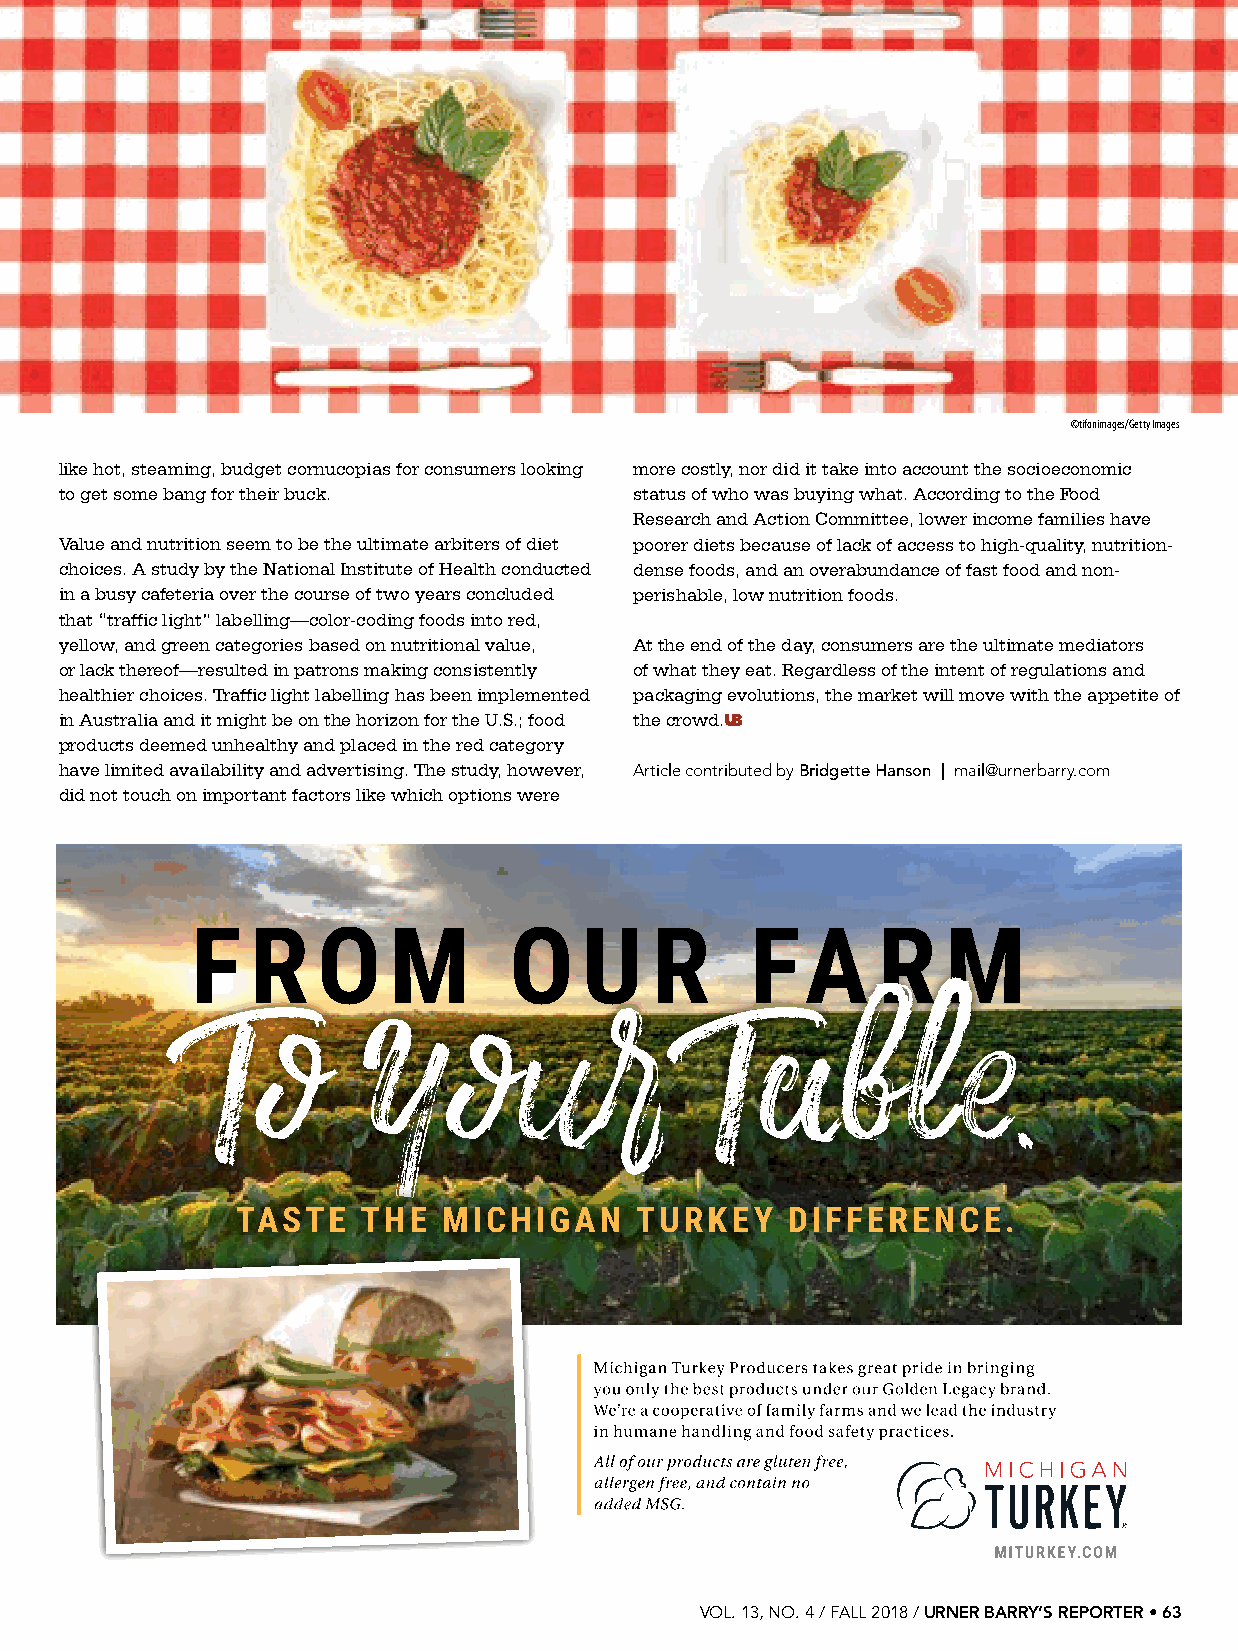
©tifonimages/Getty Images
 like hot, steaming, budget cornucopias for consumers looking more costly, nor did it take into account the socioeconomic
 to get some bang for their buck.      status of who was buying what. According to the Food
 Research and Action Committee, lower income families have
 Value and nutrition seem to be the ultimate arbiters of diet poorer diets because of lack of access to high-quality, nutrition-
 choices. A study by the National Institute of Health conducted dense foods, and an overabundance of fast food and non-
 in a busy cafeteria over the course of two years concluded perishable, low nutrition foods.
 that “traffic light” labelling—color-coding foods into red,
 yellow, and green categories based on nutritional value, At the end of the day, consumers are the ultimate mediators
 or lack thereof—resulted in patrons making consistently of what they eat. Regardless of the intent of regulations and
 healthier choices. Traffic light labelling has been implemented packaging evolutions, the market will move with the appetite of
 in Australia and it might be on the horizon for the U.S.; food the crowd.UB
 products deemed unhealthy and placed in the red category
 have limited availability and advertising. The study, however, Article contributed by Bridgette Hanson | mail@urnerbarry.com
 did not touch on important factors like which options were
 VOL. 13, NO. 4 / FALL 2018 / URNER BARRY’S REPORTER • 63